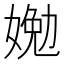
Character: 㛯